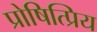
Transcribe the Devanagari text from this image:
प्रोषित्प्रिय